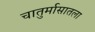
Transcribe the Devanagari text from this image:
चातुर्मासातला